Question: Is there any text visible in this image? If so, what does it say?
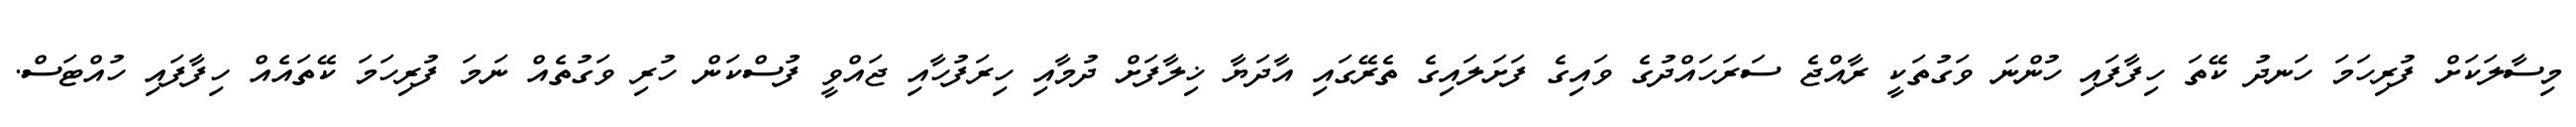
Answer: މިސާލަކަށް ފުރިހަމަ ހަނދު ކޭތަ ހިފާފައި ހުންނަ ވަގުތަކީ ރާއްޖެ ސަރަހައްދުގެ ވައިގެ ފަށަލައިގެ ތެރޭގައި އާދަޔާ ޚިލާފަށް ދުމާއި ހިރަފުހާއި ޖައްވީ ފުސްކަން ހުރި ވަގުތެއް ނަމަ ފުރިހަމަ ކޭތައެއް ހިފާފައި ހުއްޓަސް.